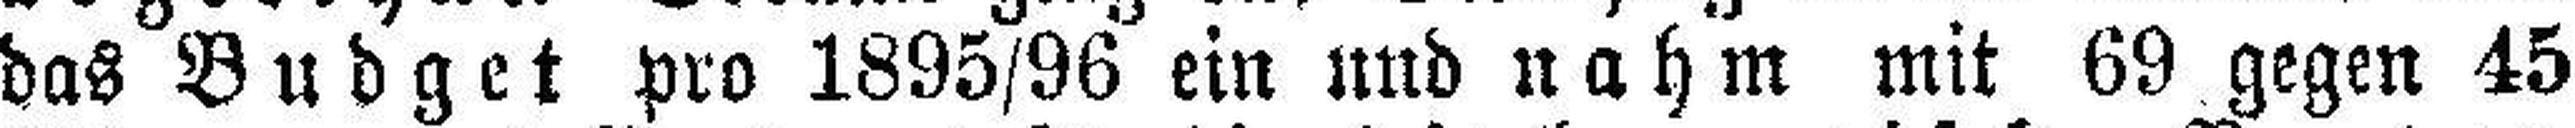
das Budget pro 1895/96 ein und nahm mit 69 gegen 45